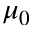
\mu _ { 0 }